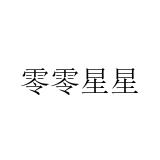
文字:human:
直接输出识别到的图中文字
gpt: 零零星星